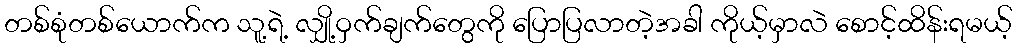
တစ်စုံတစ်ယောက်က သူ့ရဲ့ လျှို့ဝှက်ချက်တွေကို ပြောပြလာတဲ့အခါ ကိုယ့်မှာလဲ စောင့်ထိန်းရမယ့်